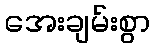
အေးချမ်းစွာ